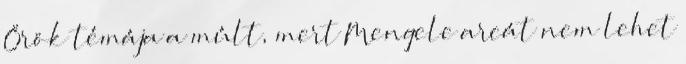
Örök témája a múlt, mert Mengele arcát nem lehet